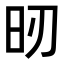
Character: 𣅉